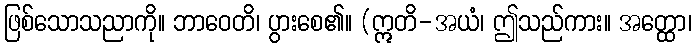
ဖြစ်သောသညာကို။ ဘာဝေတိ၊ ပွားစေ၏။ (ဣတိ-အယံ၊ ဤသည်ကား။ အတ္ထော၊